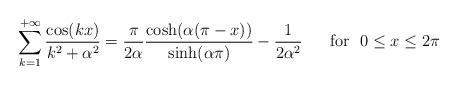
LaTeX: \begin{align*}\sum_{k=1}^{+\infty}\dfrac{\cos (kx)}{k^{2}+\alpha^{2}}=\dfrac{\pi}{2\alpha}\dfrac{\cosh(\alpha(\pi -x))}{\sinh(\alpha \pi)}-\dfrac{1}{2\alpha^{2}} \ \ \ \ \ \mathrm{for} \ \ 0\leq x\leq 2\pi\end{align*}